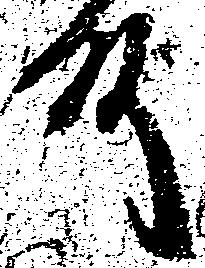
殿